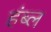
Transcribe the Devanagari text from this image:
हंब्ल